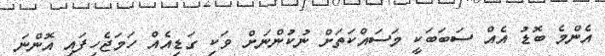
އެންމެ ބޮޑު އެއް ސަބަބަކީ މަސައްކަތަށް ނުކުންނަށް ވަކި ގަޑިއެއް ހަމަޖެހިފައި އޮންނަ